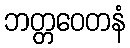
ဘတ္တဝေတနံ